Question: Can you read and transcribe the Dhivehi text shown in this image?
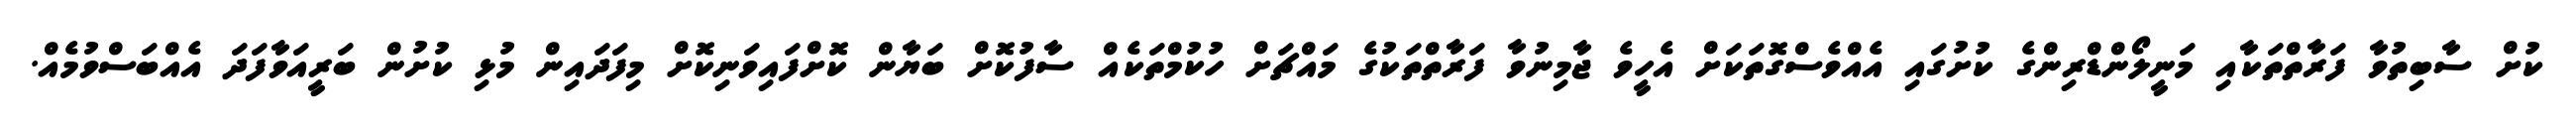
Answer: ކުށް ސާބިތުވާ ފަރާތްތަކާއި މަނީލޯންޑްރިންގެ ކުށުގައި އެއްވެސްގޮތަކަށް އެހީވެ ޖާމިނުވާ ފަރާތްތަކުގެ މައްޗަށް ހުކުމްތަކެއް ސާފުކޮށް ބަޔާން ކޮށްފައިވަނިކޮށް މިފަދައިން މުޅި ކުށުން ބަރީއަވާފަދަ އެއްބަސްވުމެއް.